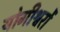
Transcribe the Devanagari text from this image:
योगीश्वरों